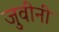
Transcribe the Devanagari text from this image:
जुवीनी